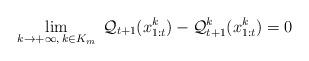
LaTeX: \begin{align*}\lim_{k \rightarrow +\infty,\,k \in K_m} \; \mathcal{Q}_{t+1}(x_{1:t}^{k})-\mathcal{Q}_{t+1}^{k}(x_{1:t}^{k})=0\end{align*}